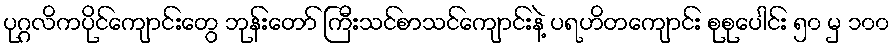
ပုဂ္ဂလိကပိုင်ကျောင်းတွေ ဘုန်းတော် ကြီးသင်စာသင်ကျောင်းနဲ့ ပရဟိတကျောင်း စုစုပေါင်း ၅၀ မှ ၁၀၀